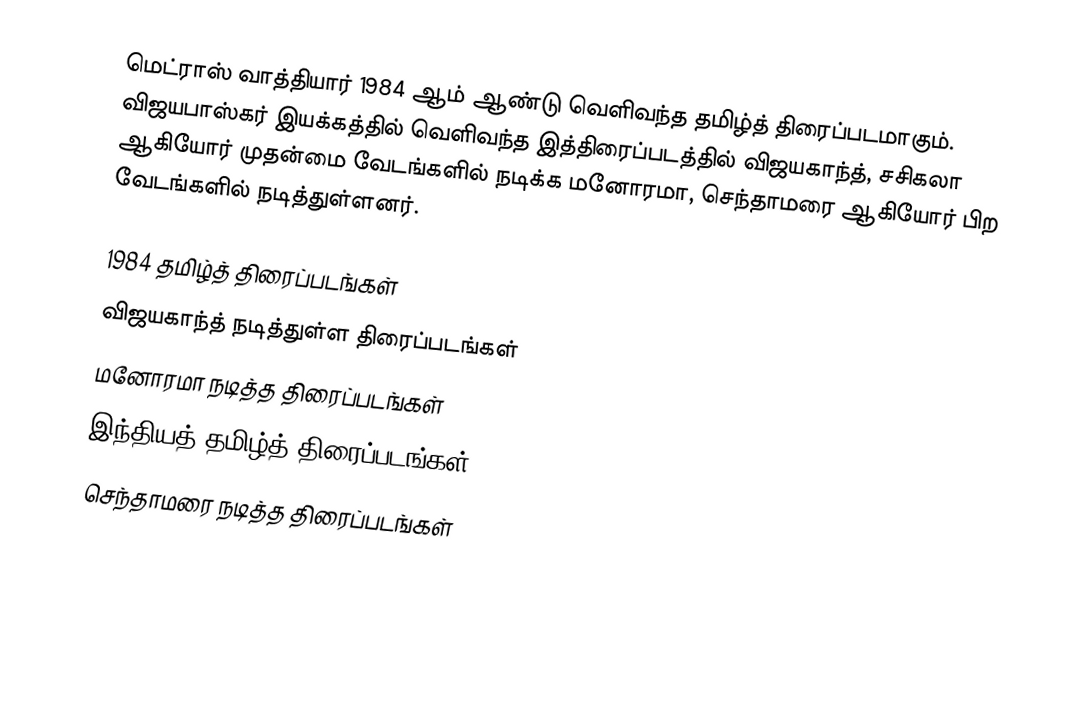
மெட்ராஸ் வாத்தியார் 1984 ஆம் ஆண்டு வெளிவந்த தமிழ்த் திரைப்படமாகும். விஜயபாஸ்கர் இயக்கத்தில் வெளிவந்த இத்திரைப்படத்தில் விஜயகாந்த், சசிகலா ஆகியோர் முதன்மை வேடங்களில் நடிக்க மனோரமா, செந்தாமரை ஆகியோர் பிற வேடங்களில்  நடித்துள்ளனர்.

1984 தமிழ்த் திரைப்படங்கள்
விஜயகாந்த் நடித்துள்ள திரைப்படங்கள்
மனோரமா நடித்த திரைப்படங்கள்
இந்தியத் தமிழ்த் திரைப்படங்கள்
செந்தாமரை நடித்த திரைப்படங்கள்